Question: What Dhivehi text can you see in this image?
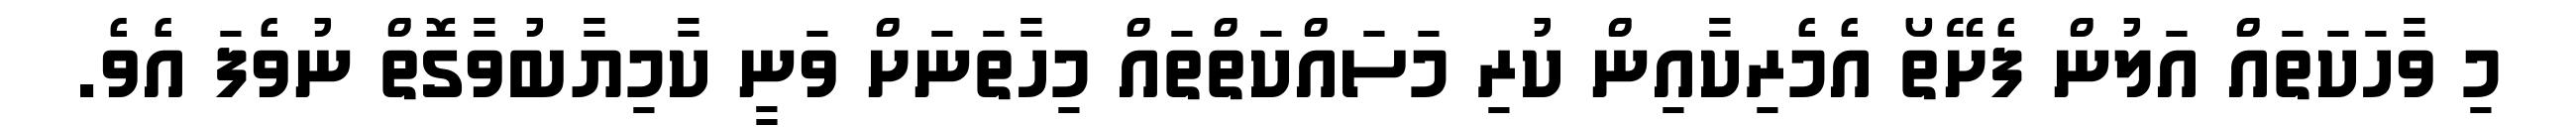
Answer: މި ވާހަކަތައް އަލުން ފެށޭތޯ އެމެރިކާއިން ކުރި މަސައްކަތްތައް މިހާތަނަށް ވަނީ ކާމިޔާބުވާގޮތް ނުވެފަ އެވެ.